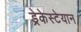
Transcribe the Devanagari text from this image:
ड्रेकेस्टेयान